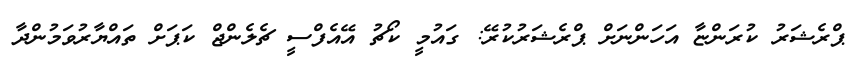
ޕްރެޝަރު ކުރަންޏާ އަހަންނަށް ޕްރެޝަރުކުރޭ: ގައުމީ ކޯޗު އޭއެފްސީ ޗެލެންޖް ކަޕަށް ތައްޔާރުވަމުންދާ